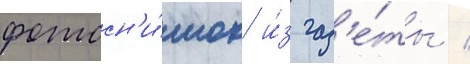
фотосн'и́мок и́з газ'е́ты /